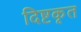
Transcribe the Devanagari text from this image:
दिष्टकृत